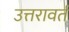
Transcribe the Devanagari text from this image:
उत्तरावर्त